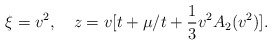
\begin{align*}\xi = v^2,\quad z= v [t + \mu /t + \frac{1}{3}v^2 A_2(v^2) ].\end{align*}